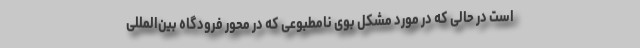
است در حالی که در مورد مشکل بوی نامطبوعی که در محور فرودگاه بین‌المللی